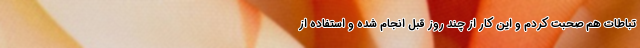
تباطات هم صحبت کردم و این کار از چند روز قبل انجام شده و استفاده از